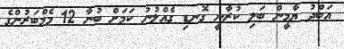
އަބްދު ޔާމީން ބަލި ކުރާނީ ގޮނޑި ގެއްލުނު ކަމަށް ބުނާ 12 މެމްބަރުންގެ